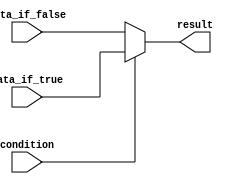
module Generate_Conditional_Assignment (
    input wire condition,
    input wire data_if_true,
    input wire data_if_false,
    output reg result
);

always @(*) begin
    if (condition)
        result = data_if_true;
    else
        result = data_if_false;
end

endmodule